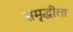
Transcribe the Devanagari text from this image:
समृद्धीला